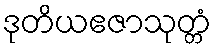
ဒုတိယဧဇာသုတ္တံ